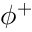
\phi ^ { + }